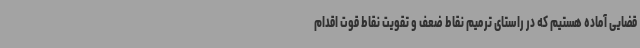
قضایی آماده هستیم که در راستای ترمیم نقاط ضعف و تقویت نقاط قوت اقدام